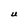
Character: U